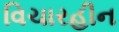
વિચારહીન